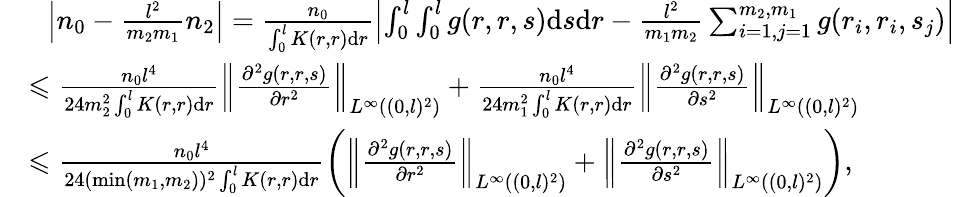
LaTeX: \begin{array}{rl}&{~~\left|n_{0}-\frac{l^{2}}{m_{2}m_{1}}n_{2}\right|=\frac{n_{0}}{\int_{0}^{l}K(r,r)\mathrm{d}r}\left|\int_{0}^{l}\int_{0}^{l}g(r,r,s)\mathrm{d}s\mathrm{d}r-\frac{l^{2}}{m_{1}m_{2}}\sum_{i=1,j=1}^{m_{2},m_{1}}g(r_{i},r_{i},s_{j})\right|}\\ &{\leqslant\frac{n_{0}l^{4}}{24m_{2}^{2}\int_{0}^{l}K(r,r)\mathrm{d}r}\left\| \frac{\partial^{2}g(r,r,s)}{\partial r^{2}}\right\| _{L^{\infty}((0,l)^{2})}+\frac{n_{0}l^{4}}{24m_{1}^{2}\int_{0}^{l}K(r,r)\mathrm{d}r}\left\| \frac{\partial^{2}g(r,r,s)}{\partial s^{2}}\right\| _{L^{\infty}((0,l)^{2})}}\\ &{\leqslant\frac{n_{0}l^{4}}{24(\mathrm{min}(m_{1},m_{2}))^{2}\int_{0}^{l}K(r,r)\mathrm{d}r}\left(\left\| \frac{\partial^{2}g(r,r,s)}{\partial r^{2}}\right\| _{L^{\infty}((0,l)^{2})}+\left\| \frac{\partial^{2}g(r,r,s)}{\partial s^{2}}\right\| _{L^{\infty}((0,l)^{2})}\right),}\end{array}